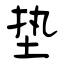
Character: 垫